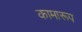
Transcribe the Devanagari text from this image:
कामारूप